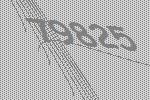
79825